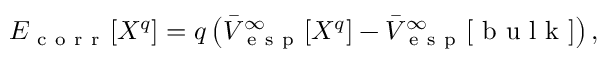
E _ { \mathrm { ~ c ~ o ~ r ~ r ~ } } [ X ^ { q } ] = q \left( \Bar { V } _ { \mathrm { ~ e ~ s ~ p ~ } } ^ { \infty } [ X ^ { q } ] - \Bar { V } _ { \mathrm { ~ e ~ s ~ p ~ } } ^ { \infty } [ \mathrm { ~ b ~ u ~ l ~ k ~ } ] \right) ,